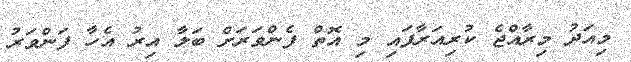
މިއަދު މިރާއްޖެ ކުރިއަރާފައި މި އޮތް ފެންވަރަށް ބަލާ އިރު އެހާ ފަންވަރު